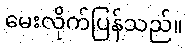
မေးလိုက်ပြန်သည်။